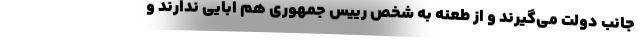
جانب دولت می‌گیرند و از طعنه به شخص رییس جمهوری هم ابایی ندارند و